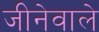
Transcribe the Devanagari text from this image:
जीनेवाले